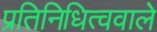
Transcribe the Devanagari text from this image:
प्रतिनिधित्ववाले